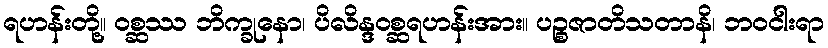
ရဟန်းတို့။ ဝစ္ဆဿ ဘိက္ခုနော၊ ပိလိန္ဒဝစ္ဆရဟန်းအား။ ပဉ္စဇာတိသတာနိ၊ ဘဝငါးရာ